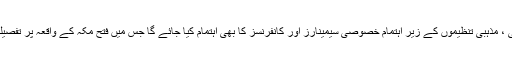
اس سلسلہ میں مختلف دینی ، مذہبی تنظیموں کے زیر اہتمام خصوصی سیمینارز اور کانفرنسز کا بھی اہتمام کیا جائے گا جس میں فتح مکہ کے واقعہ پر تفصیلی روشنی ڈالی جائے گی۔